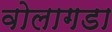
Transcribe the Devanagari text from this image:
वोलागडा